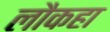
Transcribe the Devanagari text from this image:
लौकहा